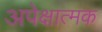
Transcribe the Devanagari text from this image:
अपेक्षात्मक